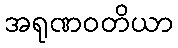
အရုဏဝတိယာ